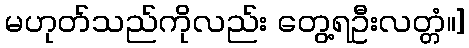
မဟုတ်သည်ကိုလည်း တွေ့ရဦးလတ္တံ။]